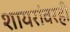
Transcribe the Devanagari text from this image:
शायरांवरही